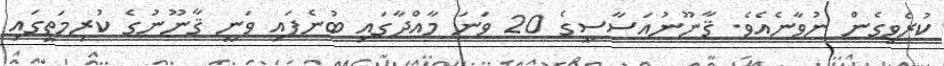
ކުރެވިގެން ނުވާނެއެވެ. ޤާނޫނުއަސާސީގެ 20 ވަނަ މާއްދާގައި ބުނެފައި ވަނީ ޤާނޫނުގެ ކުރިމަތީގައި